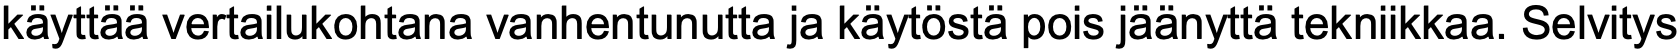
käyttää vertailukohtana vanhentunutta ja käytöstä pois jäänyttä tekniikkaa. Selvitys